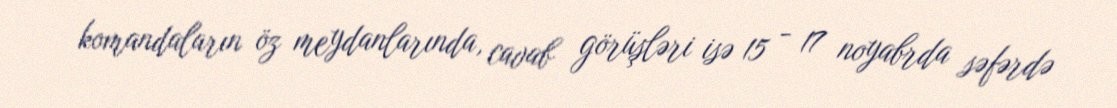
komandaların öz meydanlarında, cavab görüşləri isə 15 - 17 noyabrda səfərdə